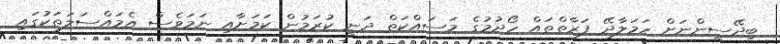
ބިދޭސީންނަށް ހަމަލާދޭ ފަރާތްތައް ހޯދުމުގެ މަސައްކަތް ދަނީ ކުރަމުން ކަމަށާއި ނަމަވެސް އެމައްސަލަތަކުގައި